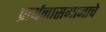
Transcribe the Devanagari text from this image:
प्रार्थनासमाजाचे